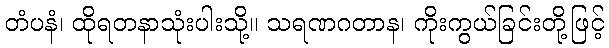
တံပနံ၊ ထိုရတနာသုံးပါးသို့။ သရဏဂတာန၊ ကိုးကွယ်ခြင်းတို့ဖြင့်